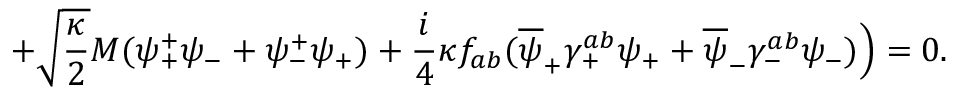
+ \sqrt { \frac { \kappa } { 2 } } M ( \psi _ { + } ^ { + } \psi _ { - } + \psi _ { - } ^ { + } \psi _ { + } ) + \frac { i } { 4 } \kappa f _ { a b } ( \overline { { { \psi } } } _ { + } \gamma _ { + } ^ { a b } \psi _ { + } + \overline { { { \psi } } } _ { - } \gamma _ { - } ^ { a b } \psi _ { - } ) \Big ) = 0 .